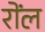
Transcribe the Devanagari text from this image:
रोंल